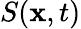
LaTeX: S(\mathbf{x},t)